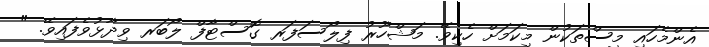
އެންމެހައި މީސްތަކުން މިކަމަށް ހެކިވޭ. މަޝްހޫރު ފިލޯސަފަރ ގޮސްޓާފް ލޯބަރ ވިދާޅުވެފައިވޭ. "